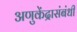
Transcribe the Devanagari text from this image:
अणुकेंद्रासंबंधी